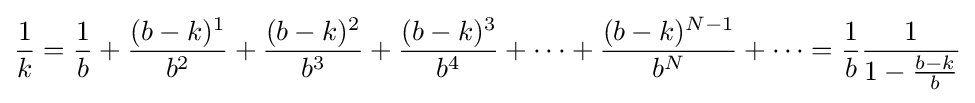
{\frac {1}{k}}={\frac {1}{b}}+{\frac {(b-k)^{1}}{b^{2}}}+{\frac {(b-k)^{2}}{b^{3}}}+{\frac {(b-k)^{3}}{b^{4}}}+\cdots +{\frac {(b-k)^{N-1}}{b^{N}}}+\cdots ={\frac {1}{b}}{\frac {1}{1-{\frac {b-k}{b}}}}